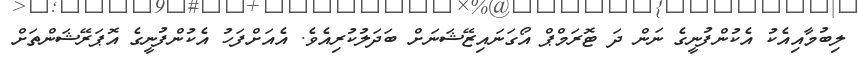
ލިބުމާއިއެކު އެކުންފުނީގެ ނަން ދަ ޓޮރަމްޕް އޯގަނައިޒޭޝަނަށް ބަދަލުކުރިއެވެ. އެއަށްފަހު އެކުންފުނީގެ އޮޕަރޭޝަންތަށް